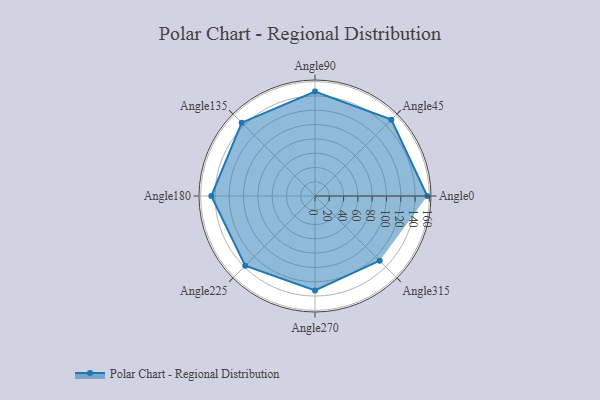
{"axis": {"x": "Angle", "y": "Radius"}, "legend": [""], "data": [{"x": "Angle0", "y": 157.0, "type": ""}, {"x": "Angle45", "y": 151.0, "type": ""}, {"x": "Angle90", "y": 146.0, "type": ""}, {"x": "Angle135", "y": 145.0, "type": ""}, {"x": "Angle180", "y": 145.0, "type": ""}, {"x": "Angle225", "y": 138.0, "type": ""}, {"x": "Angle270", "y": 132.0, "type": ""}, {"x": "Angle315", "y": 128.0, "type": ""}]}